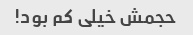
حجمش خیلی کم بود!